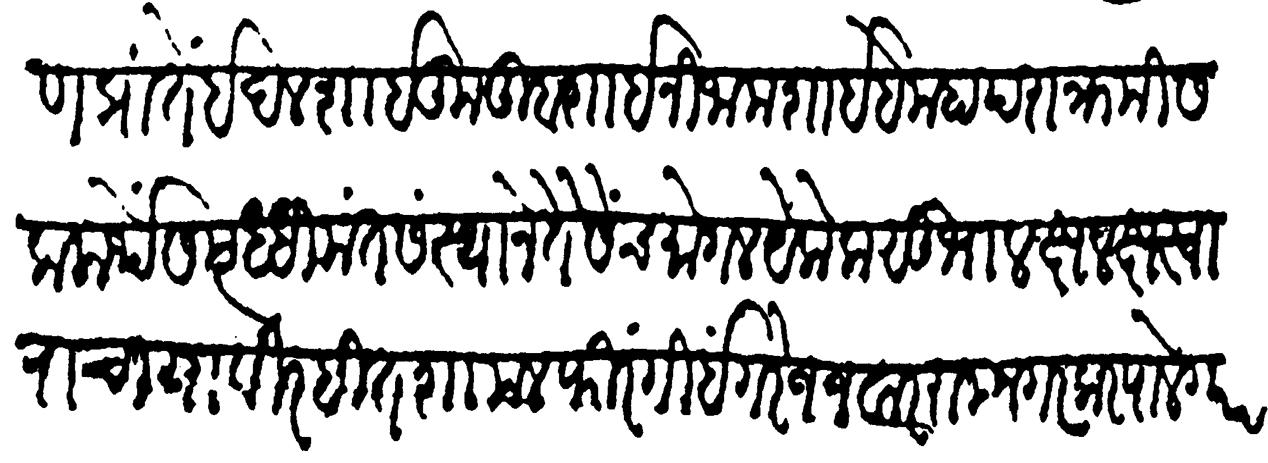
Transliteration (Devanagari): दक्षिण प्रांतें इदलशाही कुतुबशाही निजामशाही ही महापराक्रमी सकलार्थे समृद्धीमंत संस्थानें तैसेंच मोगल येकेक सुभा लक्ष लक्ष स्वारांचा या विरहित शामल फिरंगी इंग्रेज जवार रामनगरकर पालेगर